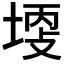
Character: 𡎩